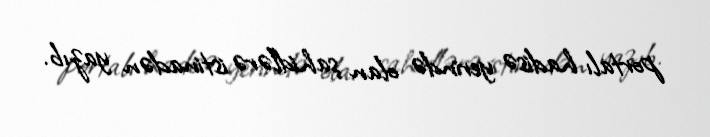
portalı hadisə yerində olan şahidlərə istinadən yazıb.